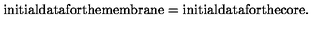
\mathrm { i n i t i a l d a t a f o r t h e m e m b r a n e = i n i t i a l d a t a f o r t h e c o r e . }